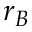
r _ { B }